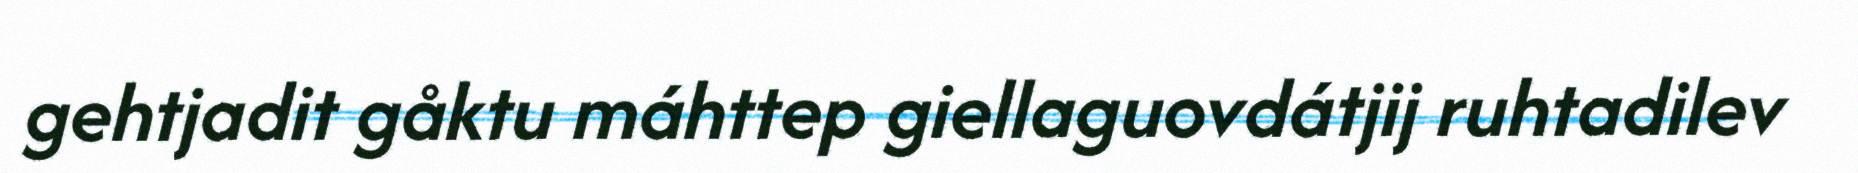
gehtjadit gåktu máhttep giellaguovdátjij ruhtadilev